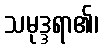
သမုဒ္ဒရာ၏၊